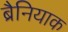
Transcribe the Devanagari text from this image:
ब्रैनियाक